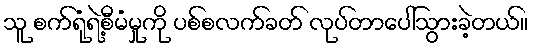
သူ စက်ရုံရဲ့စီမံမှုကို ပစ်စလက်ခတ် လုပ်တာပေါ်သွားခဲ့တယ်။